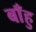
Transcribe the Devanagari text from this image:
बाँहु